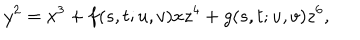
LaTeX: y ^ { 2 } = x ^ { 3 } + f ( s , t ; u , v ) x z ^ { 4 } + g ( s , t ; u , v ) z ^ { 6 } ,